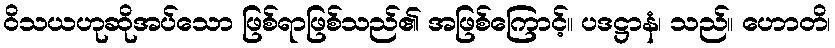
ဝိသယဟုဆိုအပ်သော ဖြစ်ရာဖြစ်သည်၏ အဖြစ်ကြောင့်။ ပဒဋ္ဌာနံ၊ သည်။ ဟောတိ၊